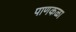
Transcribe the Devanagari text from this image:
पाणकळा